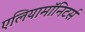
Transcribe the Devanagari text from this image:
एलियामॉनिटर्स